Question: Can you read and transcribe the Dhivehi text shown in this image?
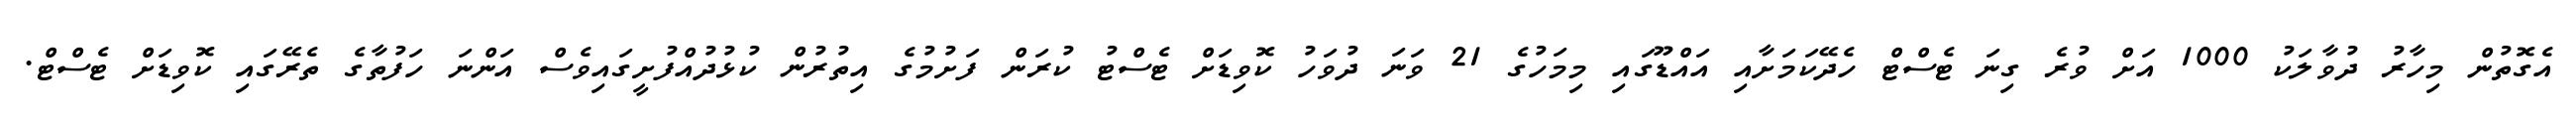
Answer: އެގޮތުން މިހާރު ދުވާލަކު 1000 އަށް ވުރެ ގިނަ ޓެސްޓް ހެދޭކަމަށާއި އައްޑޫގައި މިމަހުގެ 21 ވަނަ ދުވަހު ކޮވިޑަށް ޓެސްޓު ކުރަން ފަށުމުގެ އިތުރުން ކުޅުދުއްފުށީގައިވެސް އަންނަ ހަފުތާގެ ތެރޭގައި ކޮވިޑަށް ޓެސްޓް.